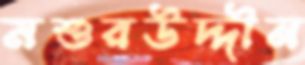
মশুরউদ্দীন